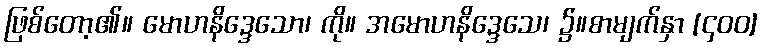
ဖြစ်တော့၏။ မောဟနိဒ္ဒေသော၊ ကို။ အမောဟနိဒ္ဒေသေ၊ ၌။စာမျက်နှာ [၄၀၀]